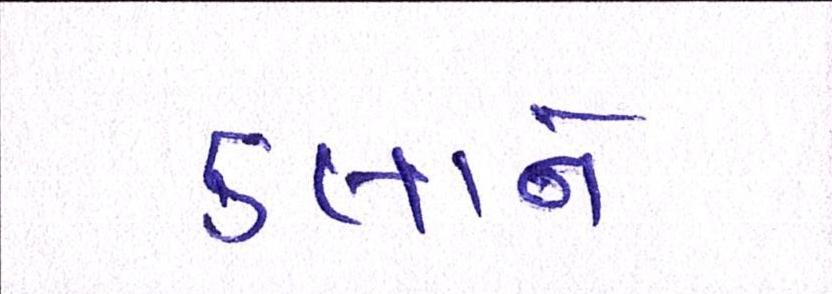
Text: કલાને